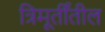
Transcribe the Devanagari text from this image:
त्रिमूर्तींतील